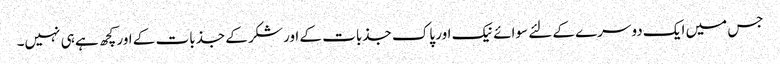
جس میں ایک دوسرے کے لئے سوائے نیک اور پاک جذبات کے اور شکر کے جذبات کے اور کچھ ہے ہی نہیں۔